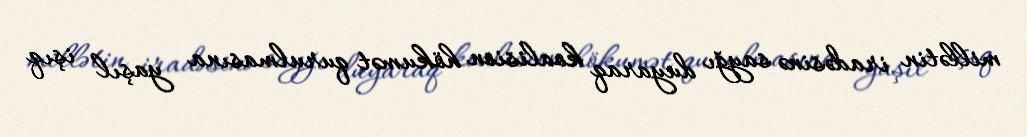
millətin iradəsinə sayğı duyaraq koalision hökumət qurulmasına yaşıl işıq